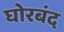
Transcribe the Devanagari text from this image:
घोरबंद